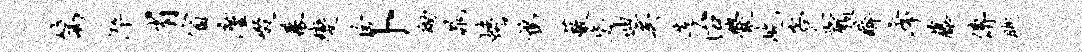
篙淬省窗廑啜幕变舍卜黝晁蟾鹑蔽毖迪矣造治爨屹客企愿醉席藤傅眺